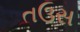
તઉસ